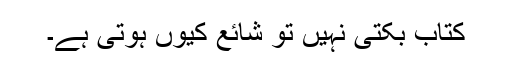
کتاب بکتی نہیں تو شائع کیوں ہوتی ہے۔